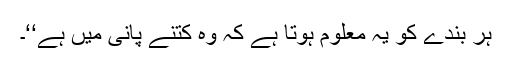
ہر بندے کو یہ معلوم ہوتا ہے کہ وہ کتنے پانی میں ہے‘‘۔